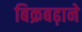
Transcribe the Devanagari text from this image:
बिक्रबढ़ाने